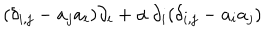
LaTeX: ( \delta _ { i , j } - a _ { j } a _ { i } ) \partial _ { i } + { \alpha } \, \partial _ { i } ( \delta _ { i , j } - a _ { i } a _ { j } )